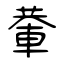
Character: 輂